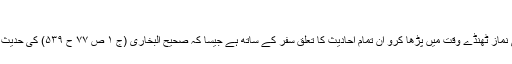
(الافصاح لابن ہبیرۃ: ج۱ ص ۷۶)
۳: جن روایات میں آیا ہے کہ جب گرمی زیادہ ہوتو ظہر کی نماز ٹھنڈے وقت میں پڑھا کرو ان تمام احادیث کا تعلق سفر کے ساتھ ہے جیسا کہ صحیح البخاری (ج ۱ ص ۷۷ ح ۵۳۹) کی حدیث سے ثابت ہے، حضر (گھر، جائے سکونت) کے ساتھ نہیں۔